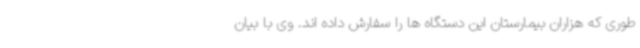
طوری که هزاران بیمارستان این دستگاه ها را سفارش داده اند. وی با بیان